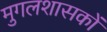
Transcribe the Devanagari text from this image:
मुगलशासकों